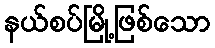
နယ်စပ်မြို့ဖြစ်သော